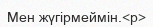
Мен жүгірмеймін.<p>